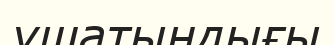
ұшатындығы